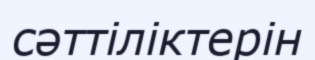
сәттіліктерін